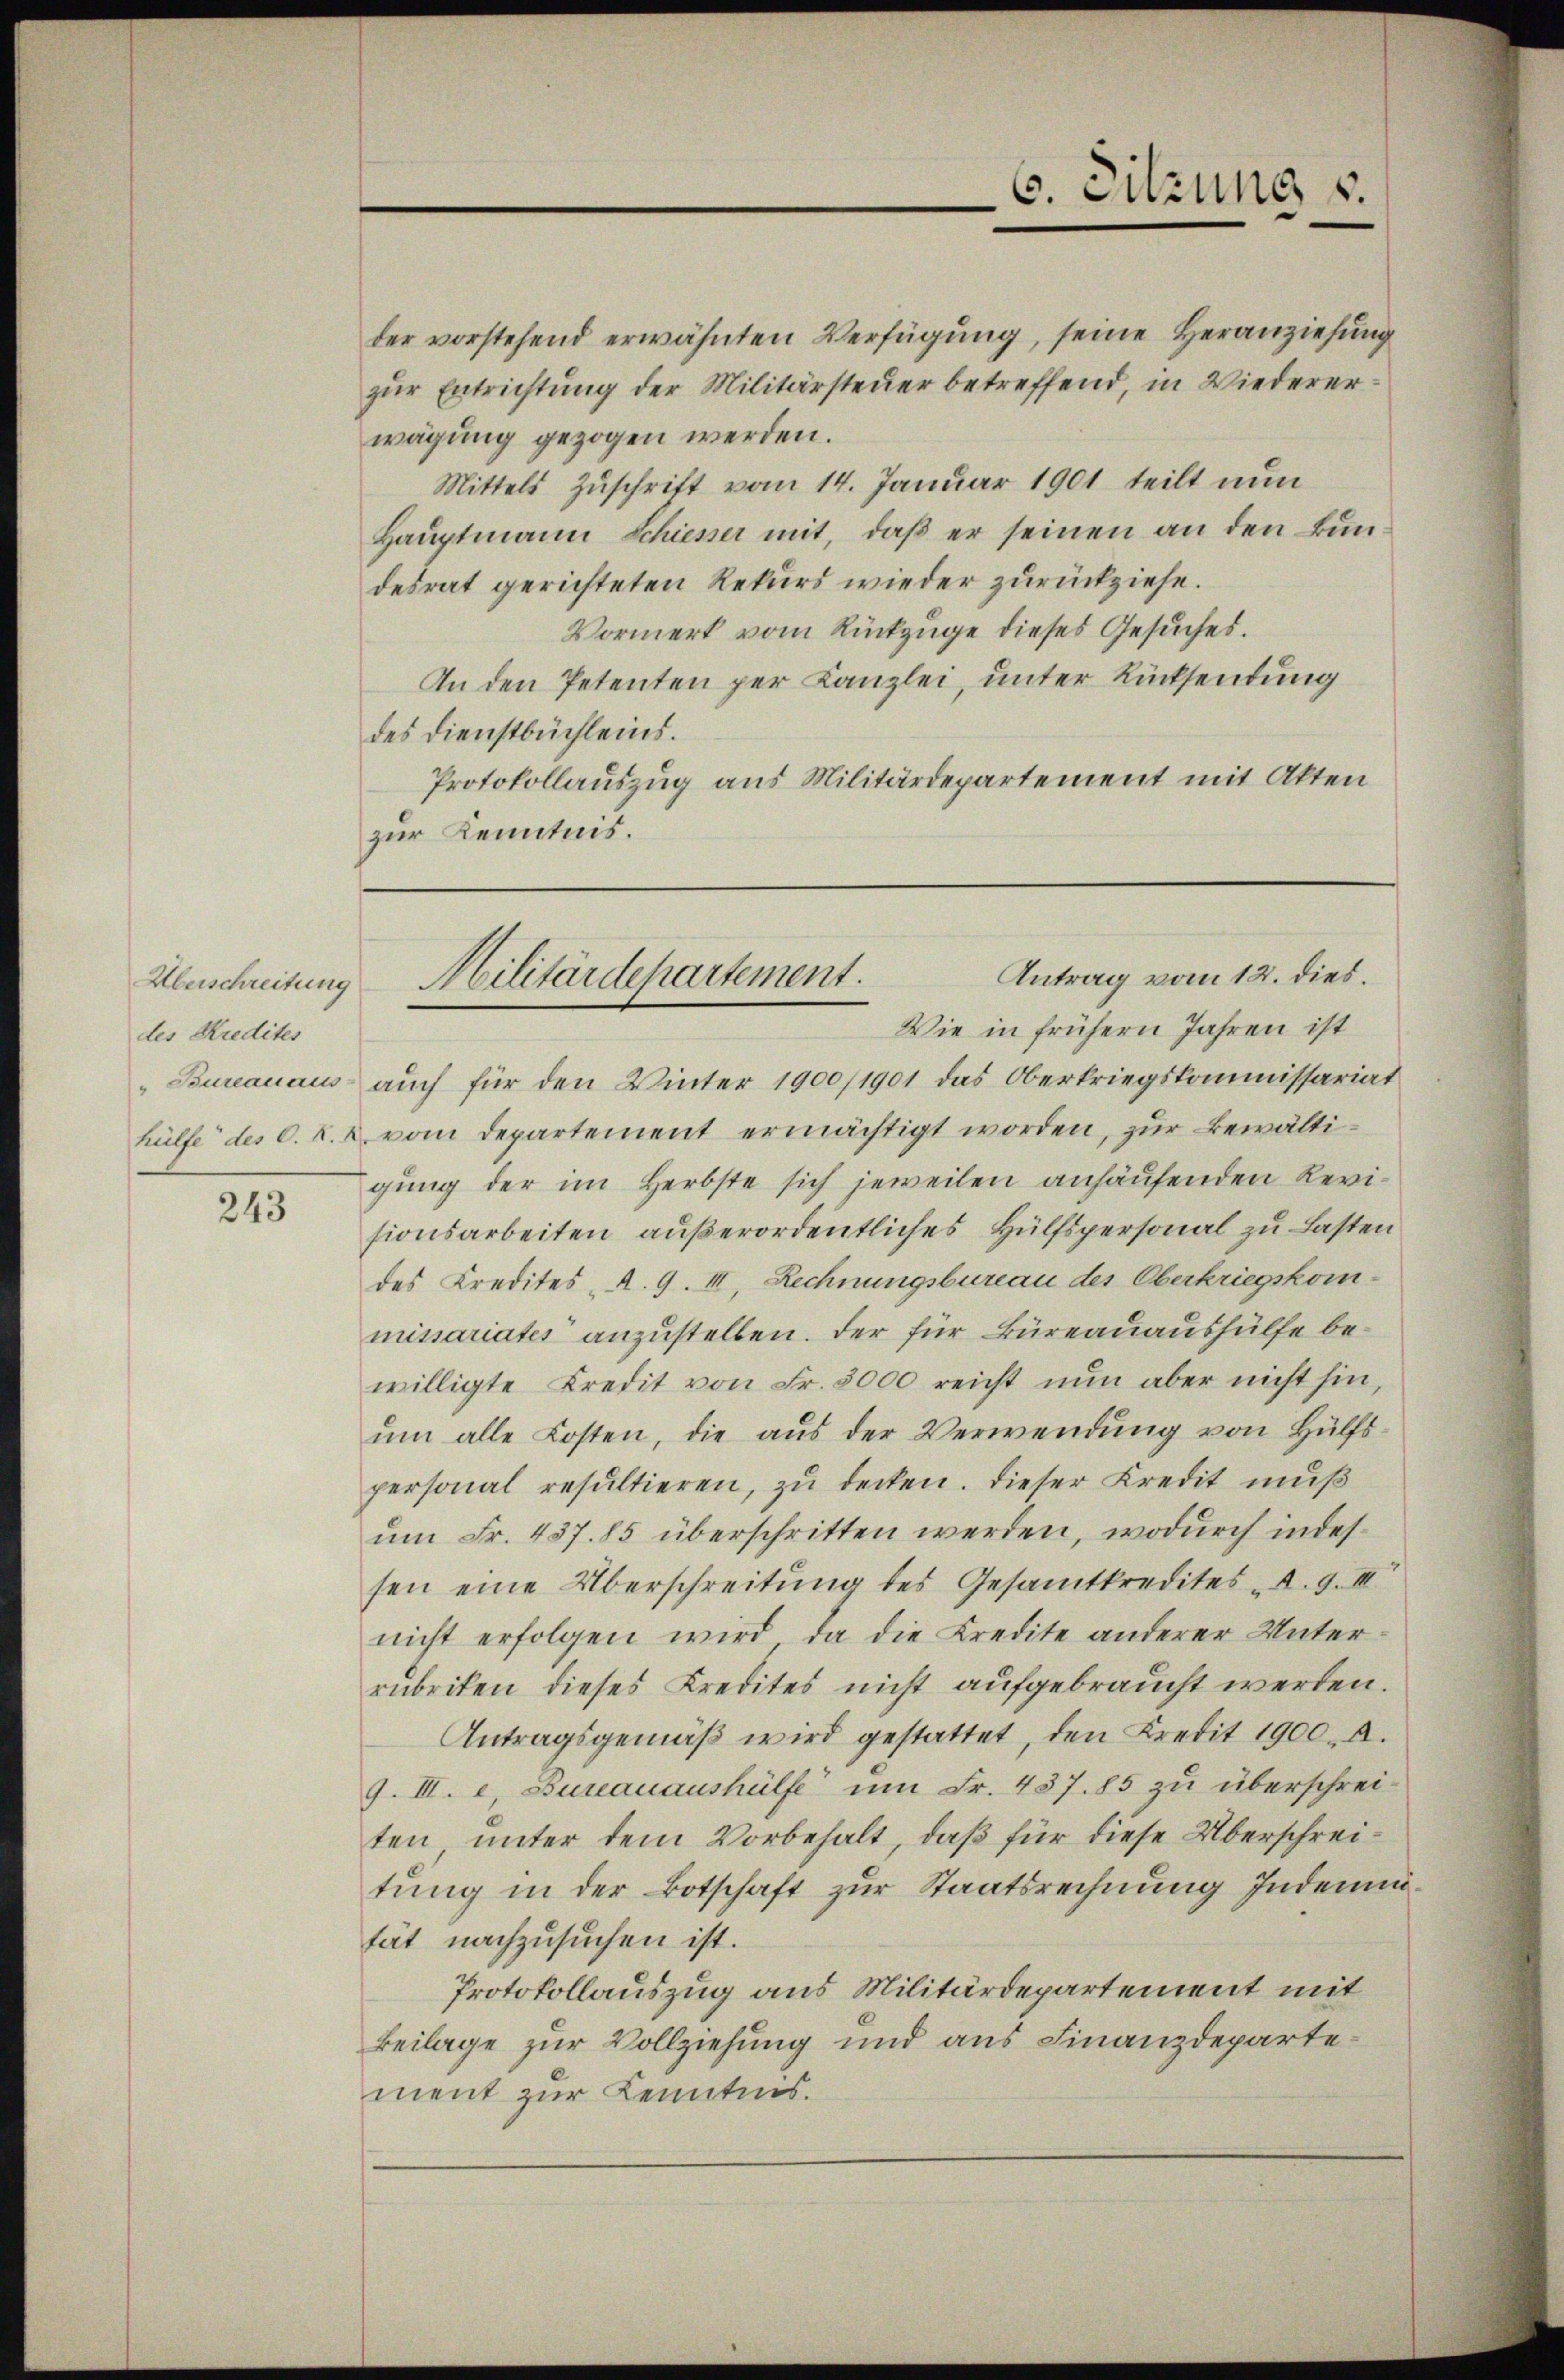
des Kredites

243

der vorstehend erwähnten Verfügung, seine Heranziehung
zur Entrichtung der Militärsteuer betreffend, in Wiedererwägung gezogen werden.
Mittels Zŭschrift vom 14. Januar 1901 teilt nun
Haŭptmann Schieser mit, daβ er seinen an den Bundesrat gerichteten Rekurs wieder zurückziehe.
Vormerk vom Rückzuge dieses Gesuches.
An den Petenten per Kanzlei, unter Rücksendung
des Dienstbüchleins.
Protokollauszug aus Militärdepartement mit Akten
zur Kenntnis.

C. Sitzung v.

Wie in frühern Jahren ist
Bureauaus auch für den Winter 1900/1901 das Oberkriegskommissariat
hülfe des C. R. u vom Departement ermächtigt worden, zur Bewältigung der im Herbste sich jeweilen anhäufenden Revisionsarbeiten außerordentliches Hülfspersonal zu Lasten
des Kredites A. 9. III. Rechnungsbureau des Oberkriegskommissariates anzustellen. Der für Büreauaushülfe bewilligte Kredit von Fr. 3000 reicht nŭn aber nicht hin,
um alle Kosten, die aus der Verwendung von Hülfspersonal resultieren, zu decken. Dieser Kredit muß
um Fr. 437. 85 überschritten werden, wodurch indessen eine Überschreitung des Gesamtkredites d. 9. II
nicht erfolgen wird, da die Kredite anderer Unterrubriken dieses Kredites nicht aufgebraucht werden.
Antragsgemäβ wird gestattet, den Kredit 1900. A.
9. III. e. Bureauaushülfe ŭm Fr. 437. 85 zŭ überschrei-
ten unter dem Vorbehalt, daß für diese Überschreitung in der Botschaft zur Staatsrechnung Indemietät nachzusuchen ist.
Protokollauszug aus Militärdepartement mit
Beilage zur Vollziehung und aus Finanzdepartement zur Kenntnis.

Antrag vom 12. dies.
Abeschreitung Militärdepartement.